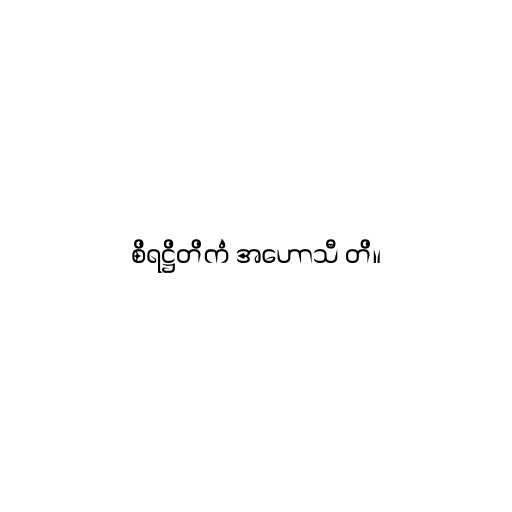
စိရဋ္ဌိတိကံ အဟောသီ တိ။